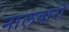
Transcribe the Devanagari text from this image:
नालवारों